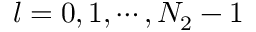
l = 0 , 1 , \cdots , N _ { 2 } - 1